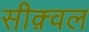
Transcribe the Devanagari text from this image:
सीक़्वल